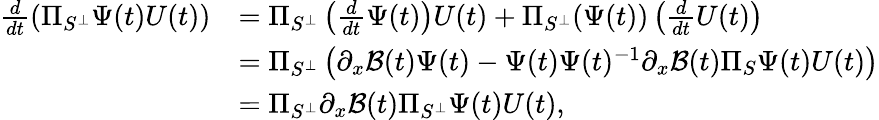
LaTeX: \begin{array}{rl}{\frac{d}{dt}\left(\Pi_{S^{\perp}}\Psi(t)U(t)\right)}&{=\Pi_{S^{\perp}}\left(\frac{d}{dt}\Psi(t)\right)U(t)+\Pi_{S^{\perp}}(\Psi(t))\left(\frac{d}{dt}U(t)\right)}\\ &{=\Pi_{S^{\perp}}\left(\partial_{x}\mathcal{B}(t)\Psi(t)-\Psi(t)\Psi(t)^{-1}\partial_{x}\mathcal{B}(t)\Pi_{S}\Psi(t)U(t)\right)}\\ &{=\Pi_{S^{\perp}}\partial_{x}\mathcal{B}(t)\Pi_{S^{\perp}}\Psi(t)U(t),}\end{array}